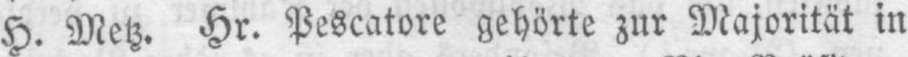
H. Metz. Hr. Pescatore gehörte zur Majorität in